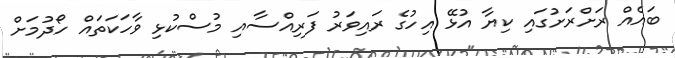
ބައެއް ރަށްރަށުގައި ކިޔާ އުޅޭ އިހުގެ ރައިވަރު ފަރިއްސާއި މުސްކުޅި ވާހަކަތައް ހޯދުމަށް